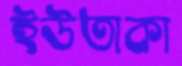
ইউতাকা